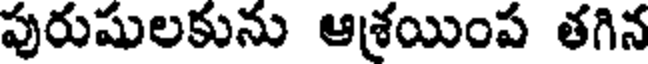
పురుషులకును ఆశ్రయింప తగిన